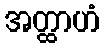
အတ္ထာဟံ